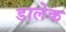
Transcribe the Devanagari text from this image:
डालेक